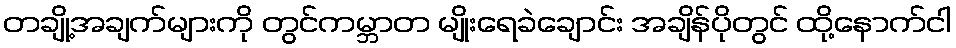
တချို့အချက်များကို တွင်ကမ္ဘာတ မျိုးရေခဲချောင်း အချိန်ပိုတွင် ထို့နောက်ငါ